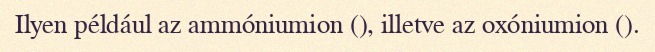
Ilyen például az ammóniumion (), illetve az oxóniumion ().